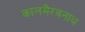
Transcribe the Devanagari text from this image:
कालमैरवनाथ